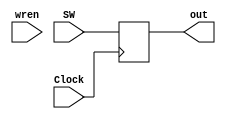
module port_n (Clock, SW, wren, out);
  input [15:0] SW;
  input Clock;
  output reg [15:0] out;
  input wren;



  always @ (posedge Clock) begin
    out <= SW;
  end
endmodule